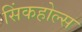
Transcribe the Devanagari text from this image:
सिंकहोल्स